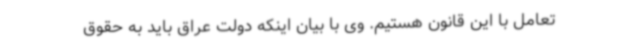
تعامل با این قانون هستیم. وی با بیان اینکه دولت عراق باید به حقوق